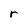
Character: r